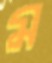
ম